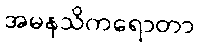
အမနသိကရောတာ